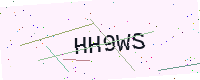
Text: HH9WS